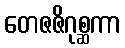
တေဇဇိဂုစ္ဆကာ